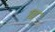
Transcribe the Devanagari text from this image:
१च